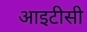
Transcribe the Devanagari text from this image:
आइटीसी